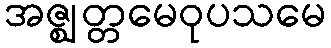
အဇ္ဈတ္တမေဝုပသမေ